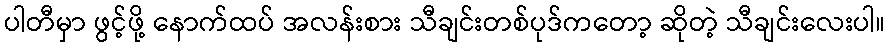
ပါတီမှာ ဖွင့်ဖို့ နောက်ထပ် အလန်းစား သီချင်းတစ်ပုဒ်ကတော့ ဆိုတဲ့ သီချင်းလေးပါ။